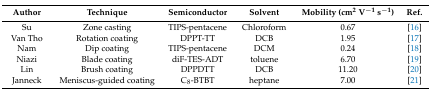
| Author | Technique | Semiconductor | Solvent | Mobility (cm2 V−1 s−1) | Ref. |
 | --- | --- | --- | --- | --- | --- |
 | Su | Zone casting | TIPS-pentacene | Chloroform | 0.67 | [16] |
 | Van Tho | Rotation coating | DPPT-TT | DCB | 1.95 | [17] |
 | Nam | Dip coating | TIPS-pentacene | DCM | 0.24 | [18] |
 | Niazi | Blade coating | diF-TES-ADT | toluene | 6.70 | [19] |
 | Lin | Brush coating | DPPDTT | DCB | 11.20 | [20] |
 | Janneck | Meniscus-guided coating | C8-BTBT | heptane | 7.00 | [21] |